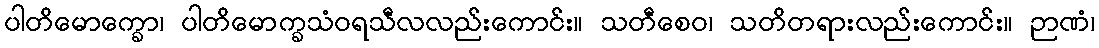
ပါတိမောက္ခော၊ ပါတိမောက္ခသံဝရသီလလည်းကောင်း။ သတီစေဝ၊ သတိတရားလည်းကောင်း။ ဉာဏံ၊